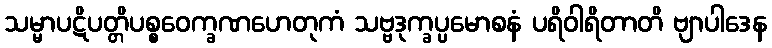
သမ္မာပဋိပတ္တိပစ္စဝေက္ခဏဟေတုကံ သဗ္ဗဒုက္ခပ္ပမောစနံ ပရိဝါရိတာတိ ဗျာပါဒေန